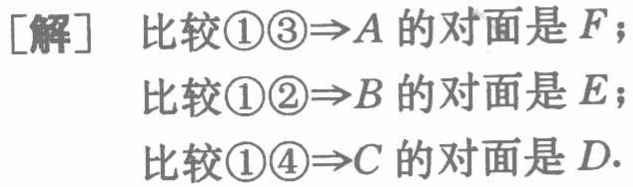
[解] 比较\textcircled{1}\textcircled{3}$\Rightarrow A$的对面是$F$;

比较\textcircled{1}\textcircled{2}$\Rightarrow B$的对面是$E$;

比较\textcircled{1}\textcircled{4}$\Rightarrow C$的对面是$D$.